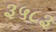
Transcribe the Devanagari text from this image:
३५८३